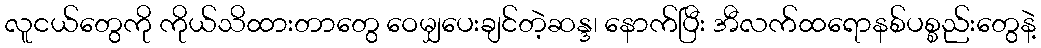
လူငယ်တွေကို ကိုယ်သိထားတာတွေ ဝေမျှပေးချင်တဲ့ဆန္ဒ၊ နောက်ပြီး အီလက်ထရောနစ်ပစ္စည်းတွေနဲ့